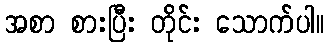
အစာ စားပြီး တိုင်း သောက်ပါ။